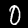
Digit: 0